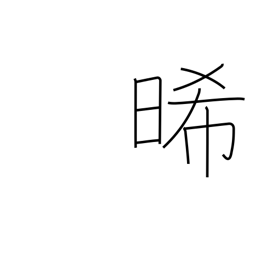
Meaning: dry out